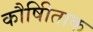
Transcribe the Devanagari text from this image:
कौषीिताक